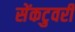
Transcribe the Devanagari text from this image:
सेंकटुवरी